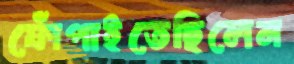
ফোঁপাইতেছিলেন